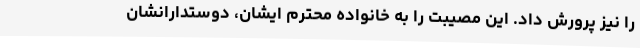
را نیز پرورش داد. این مصیبت را به خانواده محترم ایشان، دوستدارانشان